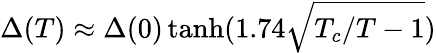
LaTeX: \Delta(T)\approx\Delta(0)\operatorname{tanh}(1.74\sqrt{T_{c}/T-1})